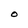
Character: O